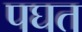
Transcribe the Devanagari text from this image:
पघत